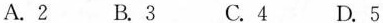
A.2 B.3 C.4 D.5